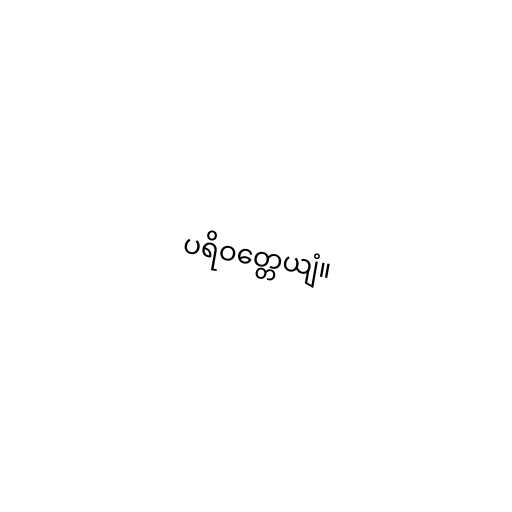
ပရိဝတ္တေယျံ။